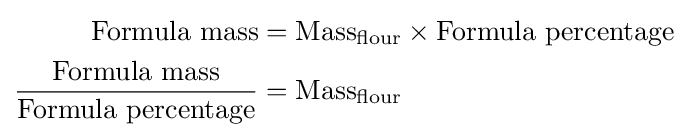
{\begin{aligned}{\text{Formula mass}}&={\text{Mass}}_{\text{flour}}\times {\text{Formula percentage}}\\{\frac {\text{Formula mass}}{\text{Formula percentage}}}&={\text{Mass}}_{\text{flour}}\end{aligned}}